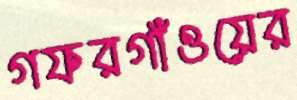
গফরগাঁওয়ের